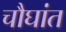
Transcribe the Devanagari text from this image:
चौघांत